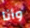
وأنا